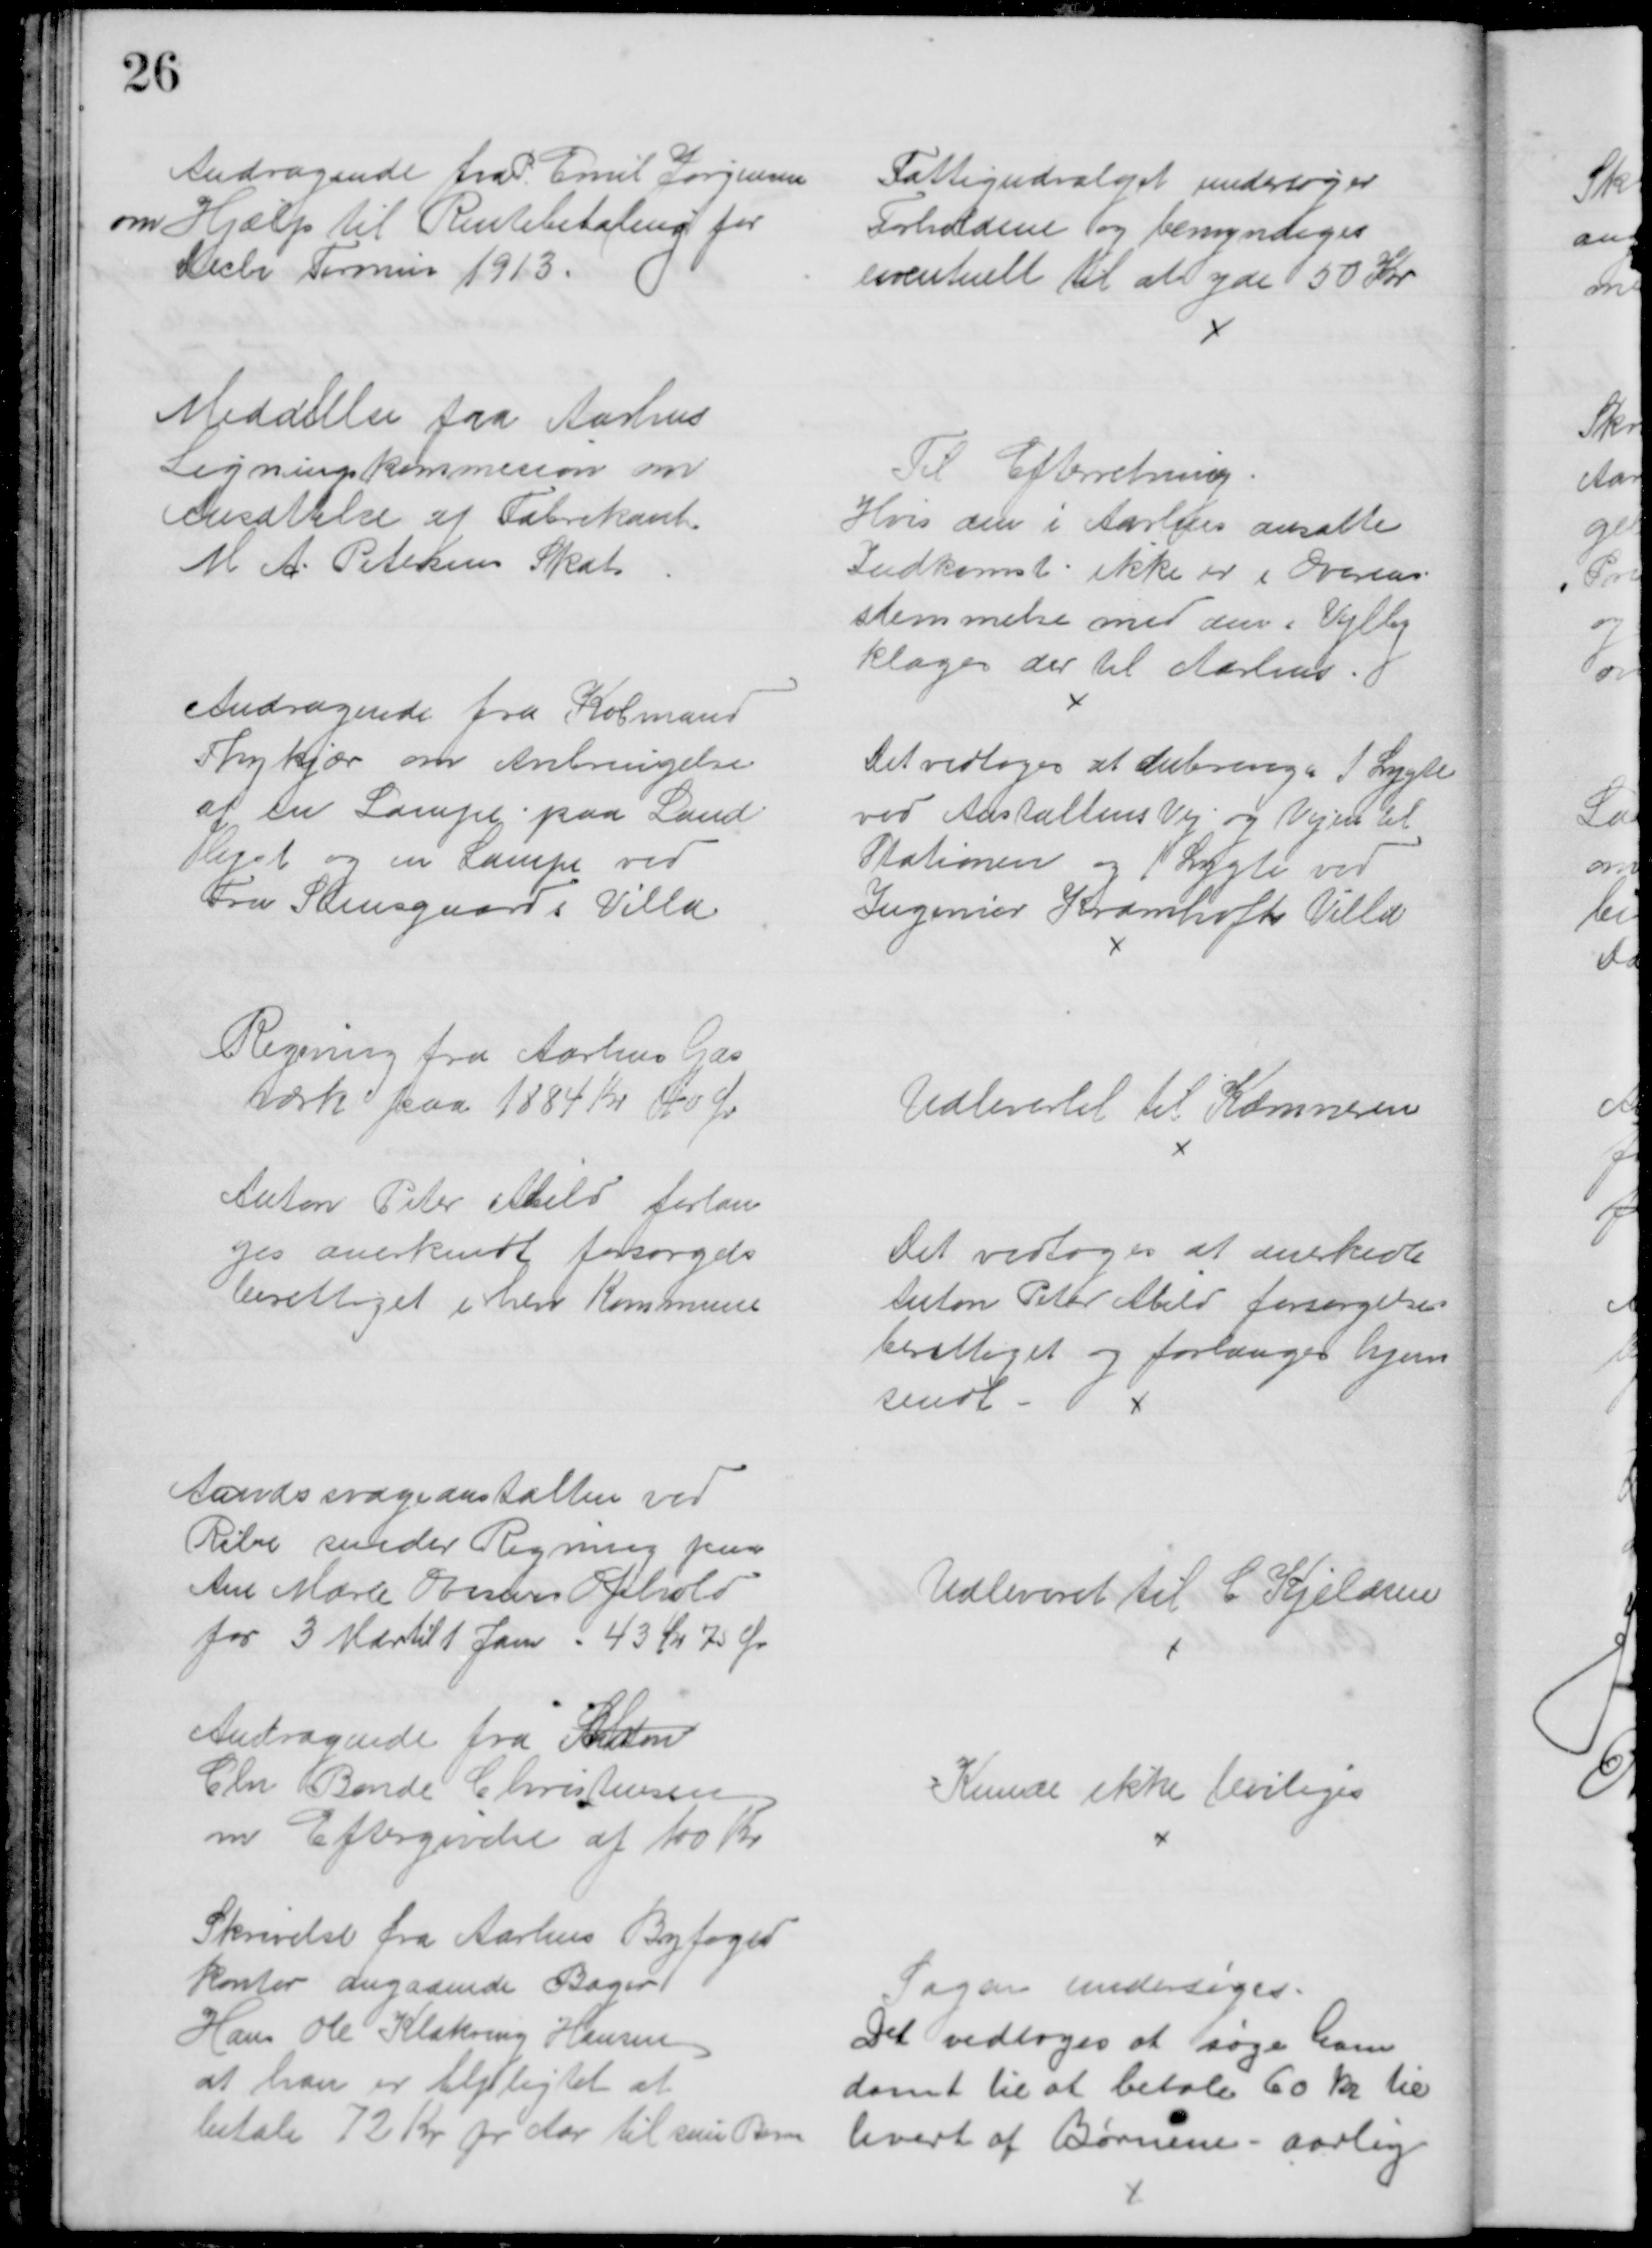
Transskription:
Andragende fra P. Emil Jørgensen
om Hjælp til Rentebetaling for
Decbr Termin 1913.
Fattigudvalget undersøger
Forholdene og bemyndiges
eventuelt til at yde 50 Kr
Meddelelse fra Aarhus
Ligningskommision om
Ansættelse af Fabrikant.
M. A. Petersens Skat
Til Efterretning
Hvis den i Aarhus ansatte
Indkomst ikke er i Overens-
stemmelse med den i Vejlby
klages der til Aarhus
Andragende fra Købmand
Thykjær om Anbringelse
af en Lampe paa Land-
liget og en Lampe ved
Fru Stensgaards Villa.
Det vedtoges at anbringe 1 Lygte
ved Anstaltens Vej og Vejen til 
Stationen og 1 Lygte ved
Ingeniør Kramhøfts Villa
Regning fra Aarhus Gas
værk paa 1884 Kr 40 Ør
Udlevertet til Kæmneren
Anton Peter Abild forlan
ges anerkendt forsørgels
berettiget i herv Kommune
Det vedtoges at anerkende
Anton Peter Abild forsørgelses
berettiget og forlanges hjem
sendt 
Aandssvageanstalten ved
Ribe sender Regning paa
Ane Marie Ovesens Ophold
for 3 Mdr til 1 Jan - 43 kr 70 Ør
Udleveret til C. Kjeldsen
Andragende fra Arbm
Chr Bonde Christensen
m Eftergivelse af 100 Kr.
Kunde ikke beviliges
Skrivelse fra Aarhus Byfoged
kontor angaaende Bager
Hans Ole Klakring Hansen
at han er tilpligtet at
betale 72 Kr pr Aar til sine Børn
Sagen undersøges
Det vedtoges at søge ham 
dømt til at betale 60 kr til
hvert af Børnene - aarlig